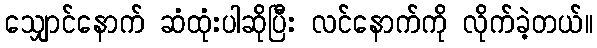
သျှောင်နောက် ဆံထုံးပါဆိုပြီး လင်နောက်ကို လိုက်ခဲ့တယ်။